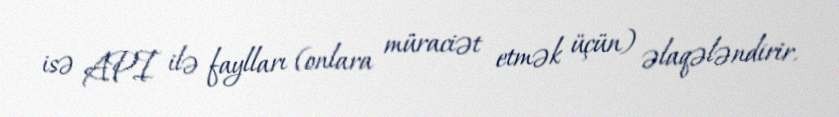
isə API ilə faylları (onlara müraciət etmək üçün) əlaqələndirir.